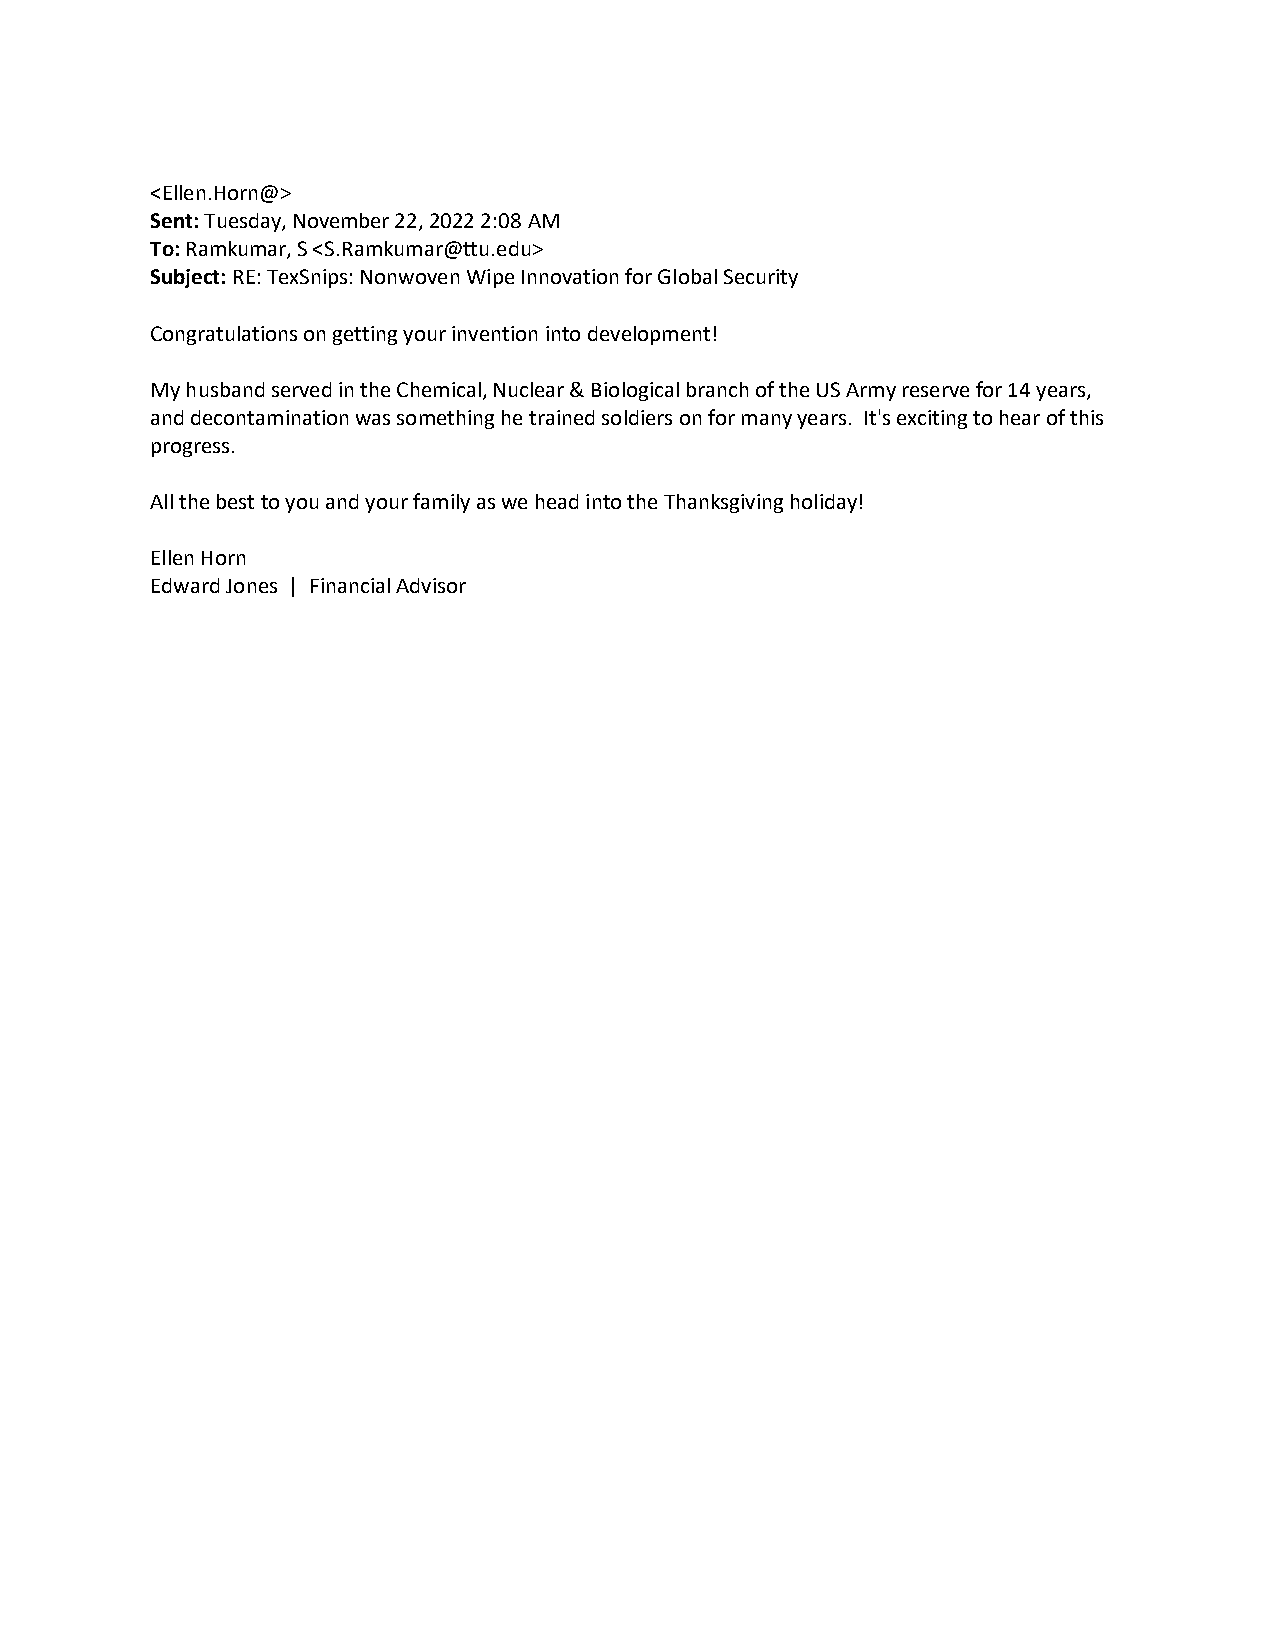
<Ellen.Horn@>
 Sent: Tuesday, November 22, 2022 2:08 AM
 To: Ramkumar, S <S.Ramkumar@ttu.edu>
 Subject: RE: TexSnips: Nonwoven Wipe Innovation for Global Security
 Congratulations on getting your invention into development!
 My husband served in the Chemical, Nuclear & Biological branch of the US Army reserve for 14 years,
 and decontamination was something he trained soldiers on for many years. It's exciting to hear of this
 progress.
 All the best to you and your family as we head into the Thanksgiving holiday!
 Ellen Horn
 Edward Jones | Financial Advisor